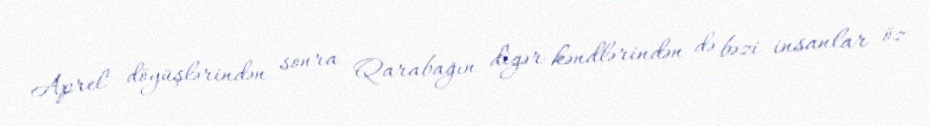
Aprel döyüşlərindən sonra Qarabağın digər kəndlərindən də bəzi insanlar öz